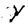
Character: Y